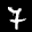
Label: 7